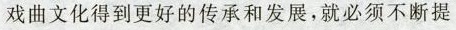
戏曲文化得到更好的传承和发展,就必须不断提